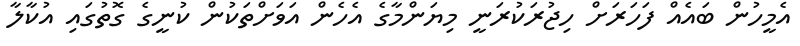
އެމީހުން ބައެއް ފަހަރަށް ހިޖުރަކުރަނީ މިޔަންމާގެ އެހެން އަވަށްތަކުން ކުނީގެ ގޮތުގައި އުކާލާ